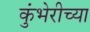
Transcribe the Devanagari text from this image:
कुंभेरीच्या